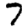
Digit: 7